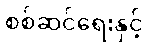
စစ်ဆင်ရေးနှင့်